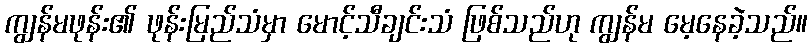
ကျွန်မဖုန်း၏ ဖုန်းမြည်သံမှာ မောင့်သီချင်းသံ ဖြစ်သည်ဟု ကျွန်မ မေ့နေခဲ့သည်။